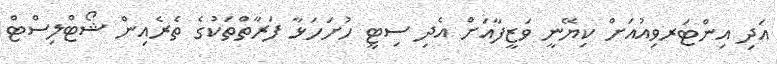
އަދި އިންޓަރވިއުއަށް ކިޔޭނީ ވަޒީފާއަށް އެދި ސިޓީ ހުށަހަޅާ ފަރާތްތަކުގެ ތެރެއިން ޝޯޓްލިސްޓް